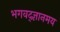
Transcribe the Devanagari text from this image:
भगवद्ज्ञानमय